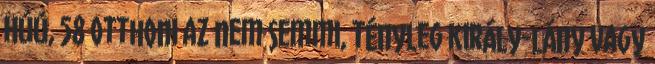
Húú, 58 otthoni az nem semmi, tényleg király-lány vagy